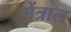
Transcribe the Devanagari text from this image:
सेंत्राल